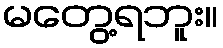
မတွေ့ရဘူး။